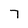
Character: 7